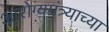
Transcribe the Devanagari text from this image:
आरोग्यमंत्र्याच्या